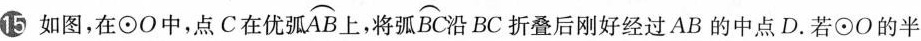
⑮如图，在\odot O中，点C在优弧\overparen{A B}上，将弧\overparen{B C}沿BC折叠后刚好经过AB的中点D。若\odot O的半